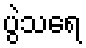
ပွဲသရေ